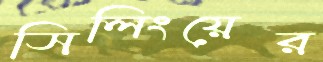
সিলিংয়ের